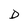
Character: D